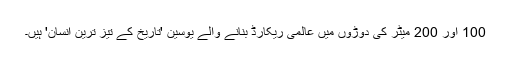
100 اور 200 میٹر کی دوڑوں میں عالمی ریکارڈ بنانے والے یوسین 'تاریخ کے تیز ترین انسان' ہیں۔